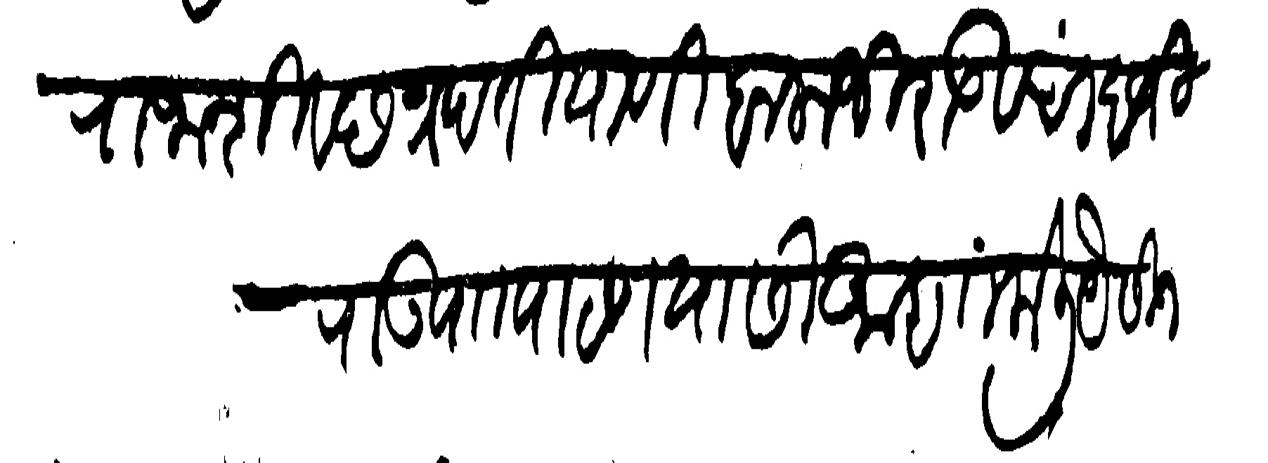
Transliteration (Devanagari): राजा शिव छत्रपती याणी बाळाजी राऊ व चांदजी राऊ पाा पाटण यासी आज्ञा केली येसीजे